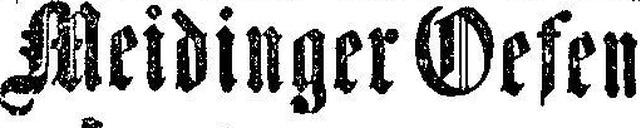
Meidinger Oefen